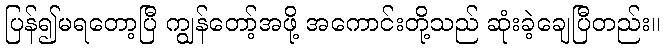
ပြန်၍မရတော့ပြီ ကျွန်တော့်အဖို့ အကောင်းတို့သည် ဆုံးခဲ့ချေပြီတည်း။